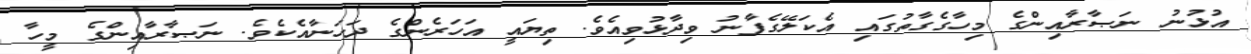
އުޅުނު ނަޞާރާއިންގެ މިހާގެގާތުގައި އެކަލޭގެފާނު ވިދާޅުވިއެވެ. ތިޔައީ އަހަރެންގެ ދަހަނާއެކެވެ. ނަޞާރާއިންގެ މީހާ